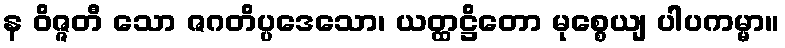
န ဝိဇ္ဇတီ သော ဇဂတိပ္ပဒေသော၊ ယတ္ထဋ္ဌိတော မုစ္စေယျ ပါပကမ္မာ။